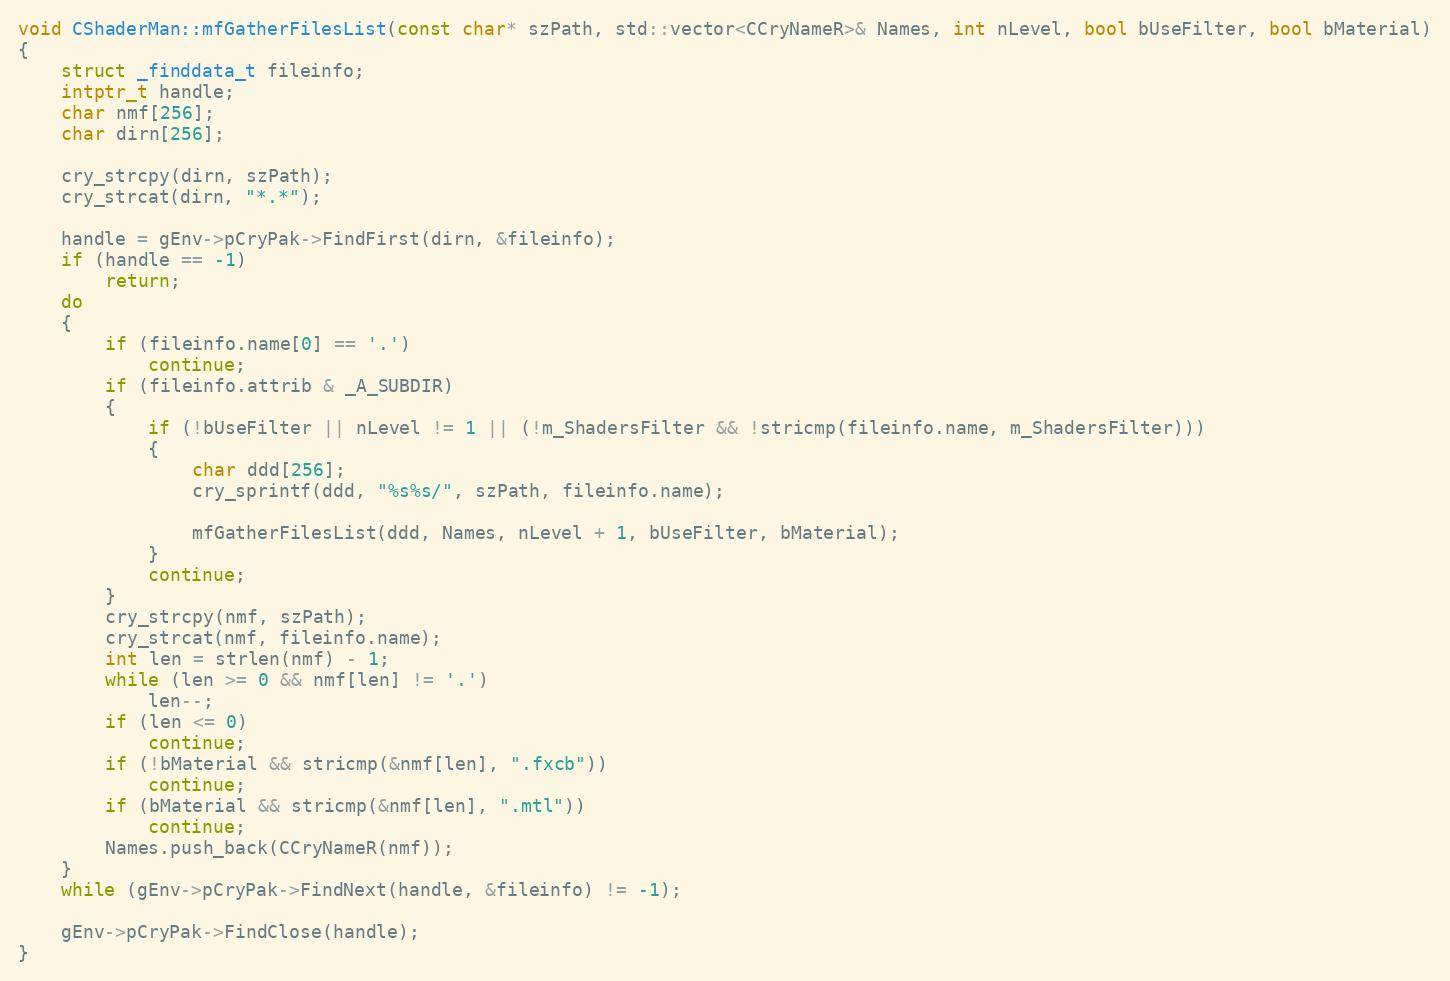
Language: C++
void CShaderMan::mfGatherFilesList(const char* szPath, std::vector<CCryNameR>& Names, int nLevel, bool bUseFilter, bool bMaterial)
{
	struct _finddata_t fileinfo;
	intptr_t handle;
	char nmf[256];
	char dirn[256];

	cry_strcpy(dirn, szPath);
	cry_strcat(dirn, "*.*");

	handle = gEnv->pCryPak->FindFirst(dirn, &fileinfo);
	if (handle == -1)
		return;
	do
	{
		if (fileinfo.name[0] == '.')
			continue;
		if (fileinfo.attrib & _A_SUBDIR)
		{
			if (!bUseFilter || nLevel != 1 || (!m_ShadersFilter && !stricmp(fileinfo.name, m_ShadersFilter)))
			{
				char ddd[256];
				cry_sprintf(ddd, "%s%s/", szPath, fileinfo.name);

				mfGatherFilesList(ddd, Names, nLevel + 1, bUseFilter, bMaterial);
			}
			continue;
		}
		cry_strcpy(nmf, szPath);
		cry_strcat(nmf, fileinfo.name);
		int len = strlen(nmf) - 1;
		while (len >= 0 && nmf[len] != '.')
			len--;
		if (len <= 0)
			continue;
		if (!bMaterial && stricmp(&nmf[len], ".fxcb"))
			continue;
		if (bMaterial && stricmp(&nmf[len], ".mtl"))
			continue;
		Names.push_back(CCryNameR(nmf));
	}
	while (gEnv->pCryPak->FindNext(handle, &fileinfo) != -1);

	gEnv->pCryPak->FindClose(handle);
}